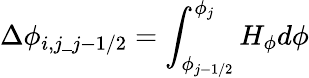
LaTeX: \displaystyle\Delta\phi_{i,j\_ j-1/2}=\int_{\phi_{j-1/2}}^{\phi_{j}}H_{\phi}d\phi